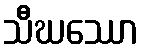
သီဃဿော